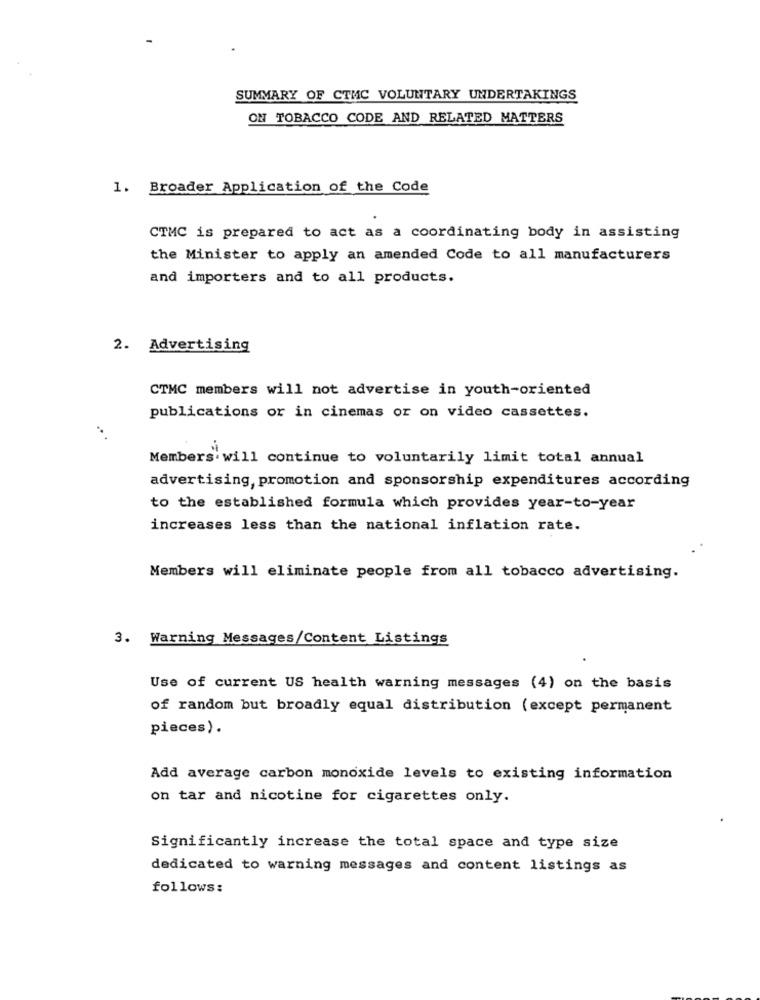
SUMMARY OF CTMC VOLUNTARY UNDERTAKINGS
ON TOBACCO CODE AND RELATED MATTERS
1. Broader Application of the Code
CTMC is prepared to act as a coordinating body in assisting
the Minister to apply an amended Code to all manufacturers
and importers and to all products.
2. Advertising
CTMC members will not advertise in youth-oriented
publications or in cinemas or on video cassettes.
Members will continue to voluntarily limit total annual
advertising, promotion and sponsorship expenditures according
to the established formula which provides year-to-year
increases less than the national inflation rate.
Members will eliminate people from all tobacco advertising.
3. Warning Messages/Content Listings
Use of current US health warning messages (4) on the basis
of random but broadly equal distribution (except permanent
pieces).
Add average carbon monoxide levels to existing information
on tar and nicotine for cigarettes only.
Significantly increase the total space and type size
dedicated to warning messages and content listings as
follows: